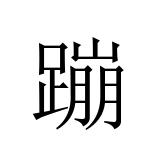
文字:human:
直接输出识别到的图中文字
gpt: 蹦